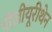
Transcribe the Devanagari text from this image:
पोलीयूरीथेन